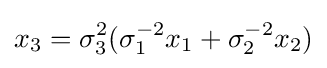
{x}_{3}=\sigma _{3}^{2}(\sigma _{1}^{-2}{x}_{1}+\sigma _{2}^{-2}{x}_{2})